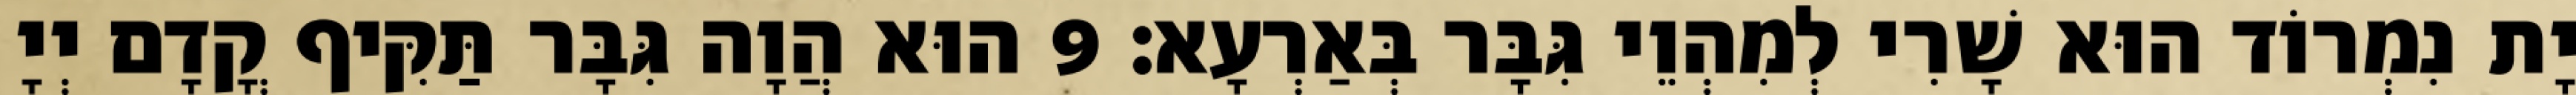
יָת נִמְרוֹד הוּא שָׁרִי לְמִהְוֵי גִּבָּר בְּאַרְעָא׃ 9 הוּא הֲוָה גִּבָּר תַּקִּיף קֳדָם יְיָ